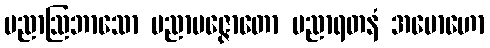
ပညာဩဘာသော ပညာပဇ္ဇောတော ပညာရတနံ အမောဟော